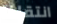
انتقلنا